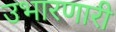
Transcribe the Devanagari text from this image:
उभारणारी